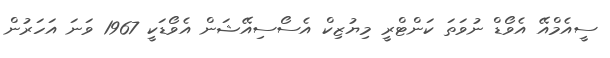
ސީއެމްއޭ އެވޯޑް ނުވަތަ ކަންޓްރީ މިޔުޒިކް އެސޯސިއޭޝަން އެވޯޑަކީ 1967 ވަނަ އަހަރުން